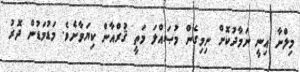
މިލްނާ އިނީ ނަމާދުކޮށް ނިމިގެން މުޞައްލަ މަތީ ޤުރްއާން ކިޔަވާށެވެ. މަޑުމަޑުން ދޮރު